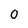
Character: O